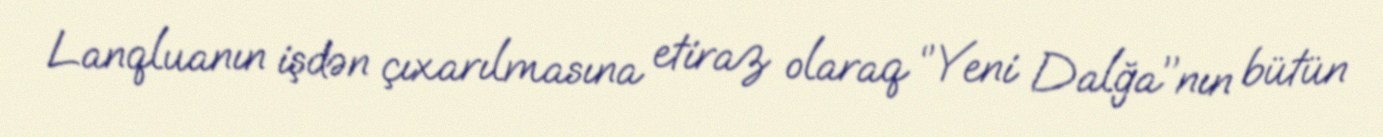
Lanqluanın işdən çıxarılmasına etiraz olaraq ‘’Yeni Dalğa’’nın bütün